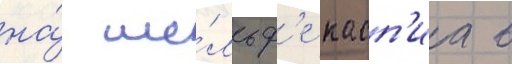
на́ ше́льф'е касп'иа в